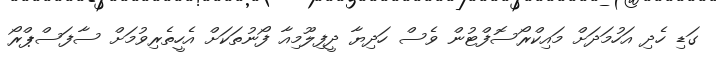
ގަޑި ހެދި އަހުމަދަށް މައިކްރޯސޮފްޓުން ވެސް ހަދިޔާ ދީފިލޫމިއާ ފޯނުތަކަށް އެހީތެރިވުމަށް ސާފަސްޕްރޯ